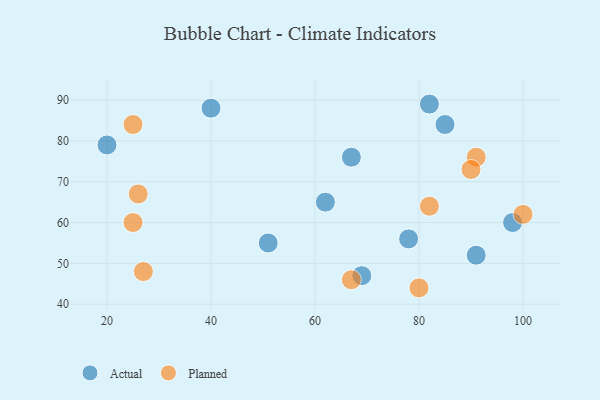
{"axis": {"x": "GDP", "y": "Life Expectancy"}, "legend": ["Actual", "Planned"], "data": [{"x": "91", "y": 52, "type": "Actual"}, {"x": "62", "y": 65, "type": "Actual"}, {"x": "67", "y": 76, "type": "Actual"}, {"x": "69", "y": 47, "type": "Actual"}, {"x": "51", "y": 55, "type": "Actual"}, {"x": "40", "y": 88, "type": "Actual"}, {"x": "82", "y": 89, "type": "Actual"}, {"x": "98", "y": 60, "type": "Actual"}, {"x": "20", "y": 79, "type": "Actual"}, {"x": "78", "y": 56, "type": "Actual"}, {"x": "85", "y": 84, "type": "Actual"}, {"x": "91", "y": 76, "type": "Planned"}, {"x": "67", "y": 46, "type": "Planned"}, {"x": "82", "y": 64, "type": "Planned"}, {"x": "100", "y": 62, "type": "Planned"}, {"x": "90", "y": 73, "type": "Planned"}, {"x": "26", "y": 67, "type": "Planned"}, {"x": "80", "y": 44, "type": "Planned"}, {"x": "25", "y": 84, "type": "Planned"}, {"x": "27", "y": 48, "type": "Planned"}, {"x": "25", "y": 60, "type": "Planned"}]}